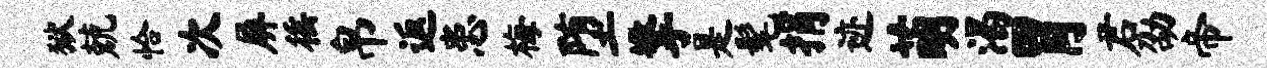
狱兢恰次屏徭帛返患梅堕擎是髦捐迹萌渴胃君劭帝